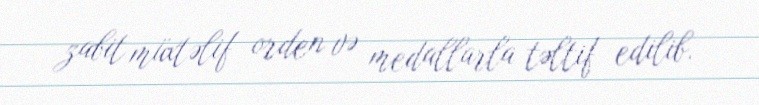
zabit müxtəlif orden və medallarla təltif edilib.